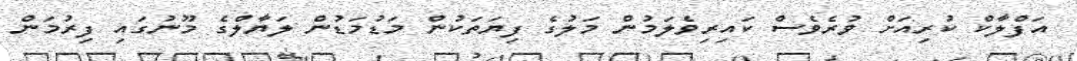
އަފްލާކް ކުރިއަށް ވުރެވެސް ކައިރިވެލަމުން މަލުގެ ފިޔަތަކުން މަޑުމަޑުން ލަޔާލްގެ މޫނުގައި ފިރުމަން